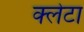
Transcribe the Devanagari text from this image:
क्लेटा